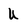
Character: u